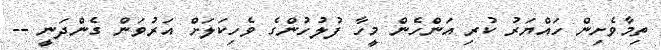
ތިމާވެށިން ހައްޔަރު ކުރި އަންހެން މީހާ ފުލުހުންގެ ވެހިކަލަށް އަރުވަން ގެންދަނީ --